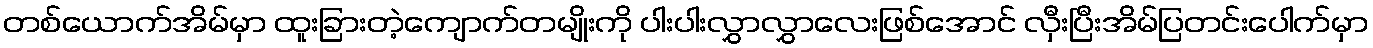
တစ်ယောက်အိမ်မှာ ထူးခြားတဲ့ကျောက်တမျိုးကို ပါးပါးလွှာလွှာလေးဖြစ်အောင် လှီးပြီးအိမ်ပြတင်းပေါက်မှာ